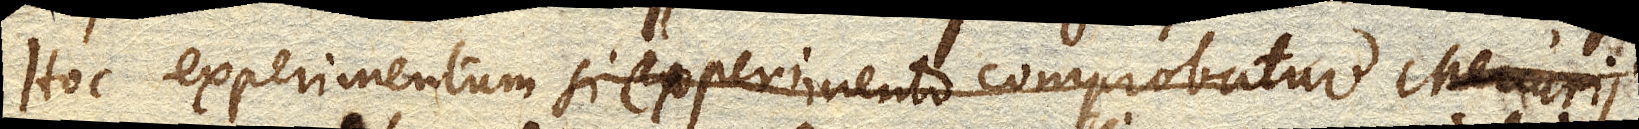
Hoc experimentum si experimento comprobatur Mercurii